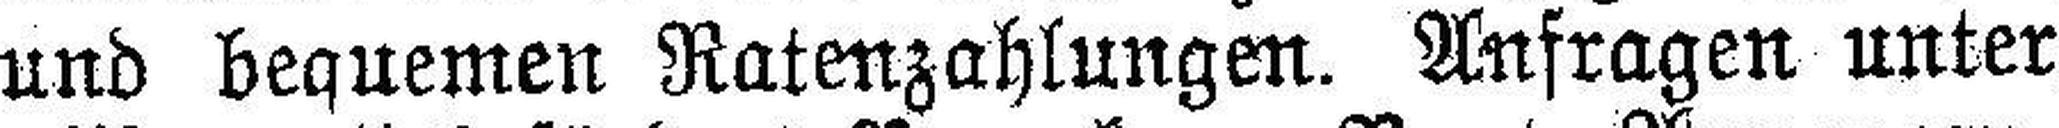
und bequemen Ratenzahlungen. Anfragen unter